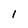
Character: 1